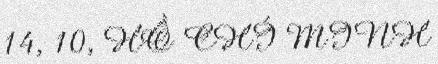
14, 10, HỒ CHÍ MINH